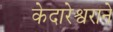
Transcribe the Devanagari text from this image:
केदारेश्वराने